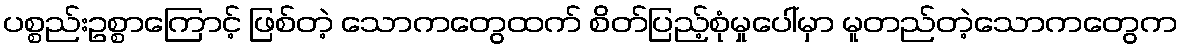
ပစ္စည်းဥစ္စာကြောင့် ဖြစ်တဲ့ သောကတွေထက် စိတ်ပြည့်စုံမှုပေါ်မှာ မူတည်တဲ့သောကတွေက